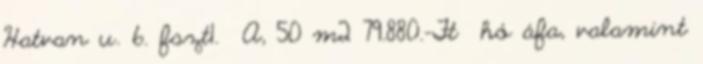
Hatvan u. 6. fszt1. A, 50 m2 79.880.-Ft hó áfa, valamint